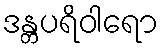
ဒန္တပရိဝါရော